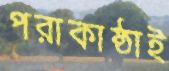
পরাকাষ্ঠাই